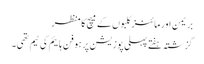
بریمن اور مائنز کلبوں کے میچ کا منظر
گزشتہ ہفتے پہلی پوزیشن پر ہوفن ہائیم کی ٹیم تھی۔